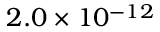
2 . 0 \times 1 0 ^ { - 1 2 }